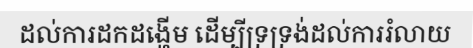
ដល់ការដកដង្ហើម ដើម្បីទ្រទ្រង់ដល់ការរំលាយ